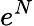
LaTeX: e^{N}